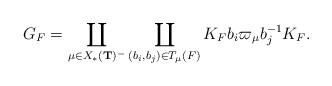
LaTeX: \begin{align*}G_F=\coprod_{\mu\in X_*(\textbf{T})^{-}}\coprod_{(b_i,b_j)\in T_\mu(F)}K_Fb_i\varpi_\mu b_j^{-1}K_F.\end{align*}